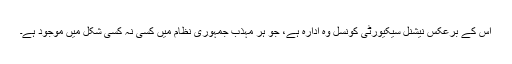
اس کے برعکس نیشنل سیکیورٹی کونسل وہ ادارہ ہے، جو ہر مہذب جمہوری نظام میں کسی نہ کسی شکل میں موجود ہے۔